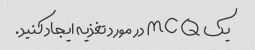
یک MCQ در مورد تغذیه ایجاد کنید.